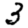
Digit: 3